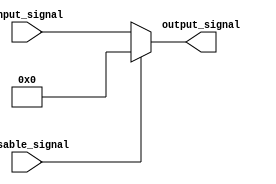
module DisableBlock (
    input wire disable_signal,  // Control Signal (Disable Signal)
    input wire [N-1:0] input_signal, // Input signal (can be of any width N)
    output reg [N-1:0] output_signal // Output Signal
);

// Parameter for the width of the input and output signals
parameter N = 8; // Change this value as necessary

// Always block for behavioral modeling
always @(*) begin
    if (!disable_signal) begin
        // When disable_signal is high (block enabled), output follows the input
        output_signal = input_signal;
    end else begin
        // When disable_signal is low (block disabled), hold output at logic low
        output_signal = {N{1'b0}}; // or assign to a specific value if needed
    end
end

endmodule